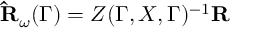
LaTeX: \mathbf { \hat { R } } _ { \omega } ( \Gamma ) = Z ( \Gamma , X , \Gamma ) ^ { - 1 } \mathbf { R }